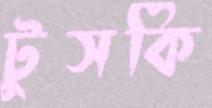
টুসকি